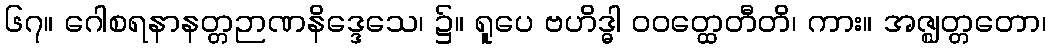
၆၇။ ဂေါစရနာနတ္တဉာဏနိဒ္ဒေသေ၊ ၌။ ရူပေ ဗဟိဒ္ဓါ ဝဝတ္ထေတီတိ၊ ကား။ အဇ္ဈတ္တတော၊